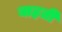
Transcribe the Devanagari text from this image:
बाहती